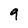
Character: 9